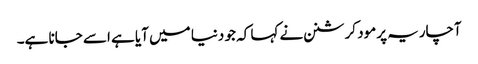
آچاریہ پرمود کرشنن نے کہا کہ جو دنیا میں آیا ہے اسے جانا ہے۔